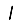
Digit: 1